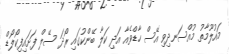
މައުލޫމާތު މުއްސަނދިވި އޭސް ހާޑްވެއާ އަދި ކަލާ ބޭންކުގައި ރޯދަ ސޭލް ފަށައިފިކޯލޯޑް